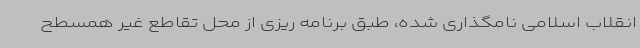
انقلاب اسلامی نامگذاری شده، طبق برنامه ریزی از محل تقاطع غیر همسطح